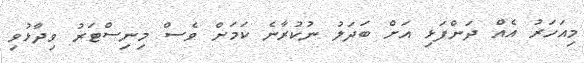
މިއަހަރު އެއް ދަންފަޅި އަށް ބަދަލު ނުކުރާނެ ކަމަށް ވެސް މިނިސްޓަރު ވިދާޅުވި